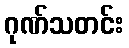
ဂုဏ်သတင်း